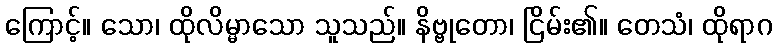
ကြောင့်။ သော၊ ထိုလိမ္မာသော သူသည်။ နိဗ္ဗုတော၊ ငြိမ်း၏။ တေသံ၊ ထိုရာဂ